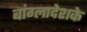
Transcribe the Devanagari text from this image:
बांग्लादेशके